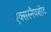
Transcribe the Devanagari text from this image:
एक्सस्नैपशोट